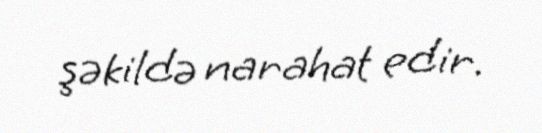
şəkildə narahat edir.